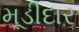
મૂડીદાર